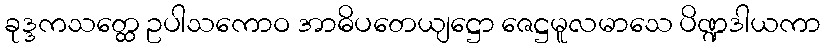
ခုဒ္ဒကသတ္ထေ ဥပါသကောဝ အာဓိပတေယျဋ္ဌော ဇေဋ္ဌမူလမာသေ ပိဏ္ဍဒါယကာ